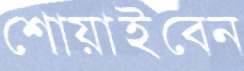
শোয়াইবেন